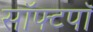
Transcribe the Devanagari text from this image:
सॉफ्टपॉ